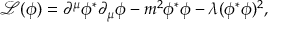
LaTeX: { \mathcal { L } } ( \phi ) = \partial ^ { \mu } \phi ^ { * } \partial _ { \mu } \phi - m ^ { 2 } \phi ^ { * } \phi - \lambda ( \phi ^ { * } \phi ) ^ { 2 } ,